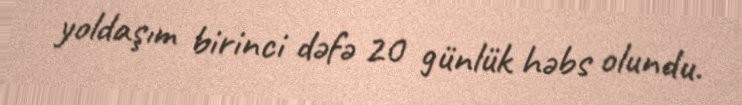
yoldaşım birinci dəfə 20 günlük həbs olundu.